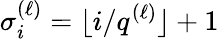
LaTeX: \sigma_{i}^{(\ell)}=\lfloor i/q^{(\ell)}\rfloor+1